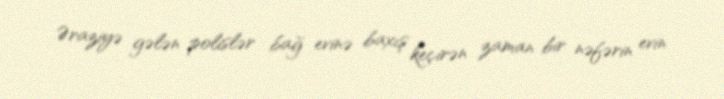
Əraziyə gələn polislər bağ evinə baxış keçirən zaman bir nəfərin evin